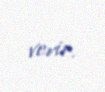
verir.